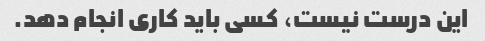
این درست نیست، کسی باید کاری انجام دهد.